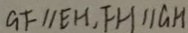
G F / / E H , F H / / G H